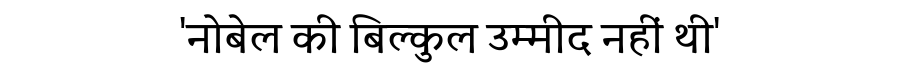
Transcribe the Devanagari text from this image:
'नोबेल की बिल्कुल उम्मीद नहीं थी'